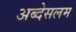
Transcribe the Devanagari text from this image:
अब्देसलम